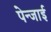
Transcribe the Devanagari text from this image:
पेन्जाई